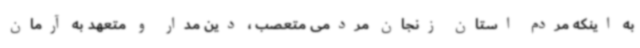
به اینکه مردم استان زنجان مردمی متعصب ، دین مدار و متعهد به آرمان